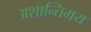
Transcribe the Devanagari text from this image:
अशान्तिमय